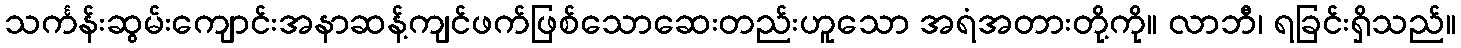
သင်္ကန်းဆွမ်းကျောင်းအနာဆန့်ကျင်ဖက်ဖြစ်သောဆေးတည်းဟူသော အရံအတားတို့ကို။ လာဘီ၊ ရခြင်းရှိသည်။